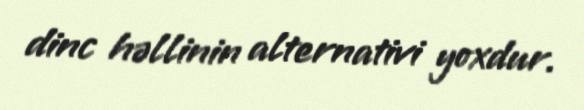
dinc həllinin alternativi yoxdur.